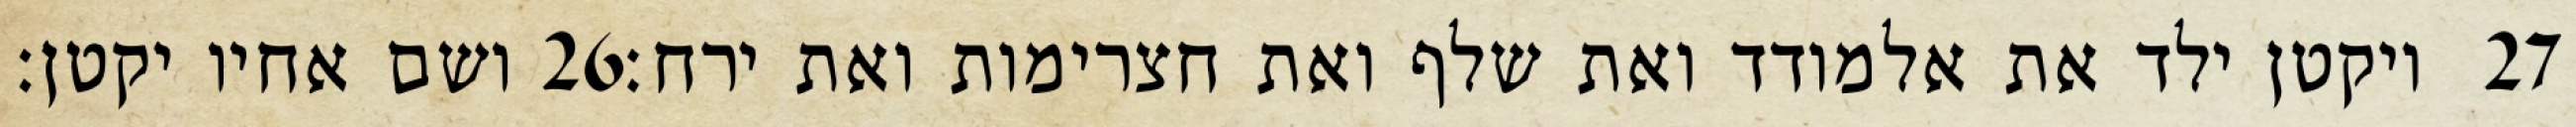
ושם אחיו יקטן׃ ‎26‏ ויקטן ילד את אלמודד ואת שלף ואת חצרימות ואת ירח׃ ‎27‏